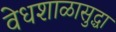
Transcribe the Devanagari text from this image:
वेधशाळासुद्धा